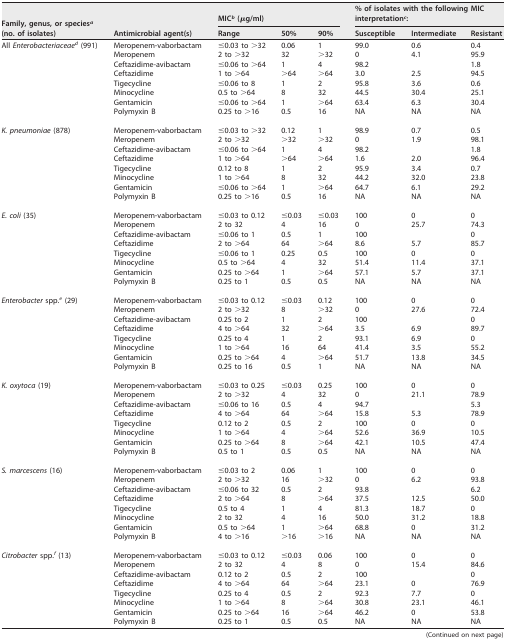
<table><thead><tr><td rowspan="2"><b>Family, genus, or species<sup><i>a</i></sup> (no. of isolates)</b></td><td rowspan="2"><b>Antimicrobial agent(s)</b></td><td colspan="3"><b>MIC<sup><i>b</i></sup> (μg/ml)</b></td><td colspan="3"><b>% of isolates with the following MIC interpretation<sup><i>c</i></sup>:</b></td></tr><tr><td><b>Range</b></td><td><b>50%</b></td><td><b>90%</b></td><td><b>Susceptible</b></td><td><b>Intermediate</b></td><td><b>Resistant</b></td></tr></thead><tbody><tr><td>All Enterobacteriaceae<sup><i>d</i></sup> (991)</td><td>Meropenem-vaborbactam</td><td>≤0.03 to &gt;32</td><td>0.06</td><td>1</td><td>99.0</td><td>0.6</td><td>0.4</td></tr><tr><td></td><td>Meropenem</td><td>2 to &gt;32</td><td>32</td><td>&gt;32</td><td>0</td><td>4.1</td><td>95.9</td></tr><tr><td></td><td>Ceftazidime-avibactam</td><td>≤0.06 to &gt;64</td><td>1</td><td>4</td><td>98.2</td><td></td><td>1.8</td></tr><tr><td></td><td>Ceftazidime</td><td>1 to &gt;64</td><td>&gt;64</td><td>&gt;64</td><td>3.0</td><td>2.5</td><td>94.5</td></tr><tr><td></td><td>Tigecycline</td><td>≤0.06 to 8</td><td>1</td><td>2</td><td>95.8</td><td>3.6</td><td>0.6</td></tr><tr><td></td><td>Minocycline</td><td>0.5 to &gt;64</td><td>8</td><td>32</td><td>44.5</td><td>30.4</td><td>25.1</td></tr><tr><td></td><td>Gentamicin</td><td>≤0.06 to &gt;64</td><td>1</td><td>&gt;64</td><td>63.4</td><td>6.3</td><td>30.4</td></tr><tr><td></td><td>Polymyxin B</td><td>0.25 to &gt;16</td><td>0.5</td><td>16</td><td>NA</td><td>NA</td><td>NA</td></tr><tr><td>K. pneumoniae (878)</td><td>Meropenem-vaborbactam</td><td>≤0.03 to &gt;32</td><td>0.12</td><td>1</td><td>98.9</td><td>0.7</td><td>0.5</td></tr><tr><td></td><td>Meropenem</td><td>2 to &gt;32</td><td>&gt;32</td><td>&gt;32</td><td>0</td><td>1.9</td><td>98.1</td></tr><tr><td></td><td>Ceftazidime-avibactam</td><td>≤0.06 to &gt;64</td><td>1</td><td>4</td><td>98.2</td><td></td><td>1.8</td></tr><tr><td></td><td>Ceftazidime</td><td>1 to &gt;64</td><td>&gt;64</td><td>&gt;64</td><td>1.6</td><td>2.0</td><td>96.4</td></tr><tr><td></td><td>Tigecycline</td><td>0.12 to 8</td><td>1</td><td>2</td><td>95.9</td><td>3.4</td><td>0.7</td></tr><tr><td></td><td>Minocycline</td><td>1 to &gt;64</td><td>8</td><td>32</td><td>44.2</td><td>32.0</td><td>23.8</td></tr><tr><td></td><td>Gentamicin</td><td>≤0.06 to &gt;64</td><td>1</td><td>&gt;64</td><td>64.7</td><td>6.1</td><td>29.2</td></tr><tr><td></td><td>Polymyxin B</td><td>0.25 to &gt;16</td><td>0.5</td><td>16</td><td>NA</td><td>NA</td><td>NA</td></tr><tr><td>E. coli (35)</td><td>Meropenem-vaborbactam</td><td>≤0.03 to 0.12</td><td>≤0.03</td><td>≤0.03</td><td>100</td><td>0</td><td>0</td></tr><tr><td></td><td>Meropenem</td><td>2 to 32</td><td>4</td><td>16</td><td>0</td><td>25.7</td><td>74.3</td></tr><tr><td></td><td>Ceftazidime-avibactam</td><td>≤0.06 to 1</td><td>0.5</td><td>1</td><td>100</td><td></td><td>0</td></tr><tr><td></td><td>Ceftazidime</td><td>2 to &gt;64</td><td>64</td><td>&gt;64</td><td>8.6</td><td>5.7</td><td>85.7</td></tr><tr><td></td><td>Tigecycline</td><td>≤0.06 to 1</td><td>0.25</td><td>0.5</td><td>100</td><td>0</td><td>0</td></tr><tr><td></td><td>Minocycline</td><td>0.5 to &gt;64</td><td>4</td><td>32</td><td>51.4</td><td>11.4</td><td>37.1</td></tr><tr><td></td><td>Gentamicin</td><td>0.25 to &gt;64</td><td>1</td><td>&gt;64</td><td>57.1</td><td>5.7</td><td>37.1</td></tr><tr><td></td><td>Polymyxin B</td><td>0.25 to 1</td><td>0.5</td><td>0.5</td><td>NA</td><td>NA</td><td>NA</td></tr><tr><td>Enterobacter spp.<sup><i>e</i></sup> (29)</td><td>Meropenem-vaborbactam</td><td>≤0.03 to 0.12</td><td>≤0.03</td><td>0.12</td><td>100</td><td>0</td><td>0</td></tr><tr><td></td><td>Meropenem</td><td>2 to &gt;32</td><td>8</td><td>&gt;32</td><td>0</td><td>27.6</td><td>72.4</td></tr><tr><td></td><td>Ceftazidime-avibactam</td><td>0.25 to 2</td><td>1</td><td>2</td><td>100</td><td></td><td>0</td></tr><tr><td></td><td>Ceftazidime</td><td>4 to &gt;64</td><td>32</td><td>&gt;64</td><td>3.5</td><td>6.9</td><td>89.7</td></tr><tr><td></td><td>Tigecycline</td><td>0.25 to 4</td><td>1</td><td>2</td><td>93.1</td><td>6.9</td><td>0</td></tr><tr><td></td><td>Minocycline</td><td>1 to &gt;64</td><td>16</td><td>64</td><td>41.4</td><td>3.5</td><td>55.2</td></tr><tr><td></td><td>Gentamicin</td><td>0.25 to &gt;64</td><td>4</td><td>&gt;64</td><td>51.7</td><td>13.8</td><td>34.5</td></tr><tr><td></td><td>Polymyxin B</td><td>0.25 to 16</td><td>0.5</td><td>1</td><td>NA</td><td>NA</td><td>NA</td></tr><tr><td>K. oxytoca (19)</td><td>Meropenem-vaborbactam</td><td>≤0.03 to 0.25</td><td>≤0.03</td><td>0.25</td><td>100</td><td>0</td><td>0</td></tr><tr><td></td><td>Meropenem</td><td>2 to &gt;32</td><td>4</td><td>32</td><td>0</td><td>21.1</td><td>78.9</td></tr><tr><td></td><td>Ceftazidime-avibactam</td><td>≤0.06 to 16</td><td>0.5</td><td>4</td><td>94.7</td><td></td><td>5.3</td></tr><tr><td></td><td>Ceftazidime</td><td>4 to &gt;64</td><td>64</td><td>&gt;64</td><td>15.8</td><td>5.3</td><td>78.9</td></tr><tr><td></td><td>Tigecycline</td><td>0.12 to 2</td><td>0.5</td><td>2</td><td>100</td><td>0</td><td>0</td></tr><tr><td></td><td>Minocycline</td><td>1 to &gt;64</td><td>4</td><td>&gt;64</td><td>52.6</td><td>36.9</td><td>10.5</td></tr><tr><td></td><td>Gentamicin</td><td>0.25 to &gt;64</td><td>8</td><td>&gt;64</td><td>42.1</td><td>10.5</td><td>47.4</td></tr><tr><td></td><td>Polymyxin B</td><td>0.5 to 1</td><td>0.5</td><td>0.5</td><td>NA</td><td>NA</td><td>NA</td></tr><tr><td>S. marcescens (16)</td><td>Meropenem-vaborbactam</td><td>≤0.03 to 2</td><td>0.06</td><td>1</td><td>100</td><td>0</td><td>0</td></tr><tr><td></td><td>Meropenem</td><td>2 to &gt;32</td><td>16</td><td>&gt;32</td><td>0</td><td>6.2</td><td>93.8</td></tr><tr><td></td><td>Ceftazidime-avibactam</td><td>≤0.06 to 32</td><td>0.5</td><td>2</td><td>93.8</td><td></td><td>6.2</td></tr><tr><td></td><td>Ceftazidime</td><td>2 to &gt;64</td><td>8</td><td>&gt;64</td><td>37.5</td><td>12.5</td><td>50.0</td></tr><tr><td></td><td>Tigecycline</td><td>0.5 to 4</td><td>1</td><td>4</td><td>81.3</td><td>18.7</td><td>0</td></tr><tr><td></td><td>Minocycline</td><td>2 to 32</td><td>4</td><td>16</td><td>50.0</td><td>31.2</td><td>18.8</td></tr><tr><td></td><td>Gentamicin</td><td>0.5 to &gt;64</td><td>1</td><td>&gt;64</td><td>68.8</td><td>0</td><td>31.2</td></tr><tr><td></td><td>Polymyxin B</td><td>4 to &gt;16</td><td>&gt;16</td><td>&gt;16</td><td>NA</td><td>NA</td><td>NA</td></tr><tr><td>Citrobacter spp.<sup><i>f</i></sup> (13)</td><td>Meropenem-vaborbactam</td><td>≤0.03 to 0.12</td><td>≤0.03</td><td>0.06</td><td>100</td><td>0</td><td>0</td></tr><tr><td></td><td>Meropenem</td><td>2 to 32</td><td>4</td><td>8</td><td>0</td><td>15.4</td><td>84.6</td></tr><tr><td></td><td>Ceftazidime-avibactam</td><td>0.12 to 2</td><td>0.5</td><td>2</td><td>100</td><td></td><td>0</td></tr><tr><td></td><td>Ceftazidime</td><td>4 to &gt;64</td><td>64</td><td>&gt;64</td><td>23.1</td><td>0</td><td>76.9</td></tr><tr><td></td><td>Tigecycline</td><td>0.25 to 4</td><td>0.5</td><td>2</td><td>92.3</td><td>7.7</td><td>0</td></tr><tr><td></td><td>Minocycline</td><td>1 to &gt;64</td><td>8</td><td>&gt;64</td><td>30.8</td><td>23.1</td><td>46.1</td></tr><tr><td></td><td>Gentamicin</td><td>0.25 to &gt;64</td><td>16</td><td>&gt;64</td><td>46.2</td><td>0</td><td>53.8</td></tr><tr><td></td><td>Polymyxin B</td><td>0.25 to 1</td><td>0.5</td><td>0.5</td><td>NA</td><td>NA</td><td>NA</td></tr></tbody></table>